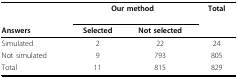
<table><thead><tr><td>[EMPTY_CELL]</td><td colspan="2"><b>Our method</b></td><td><b>Total</b></td></tr><tr><td><b>Answers</b></td><td><b>Selected</b></td><td><b>Not selected</b></td><td>[EMPTY_CELL]</td></tr></thead><tbody><tr><td>Simulated</td><td>2</td><td>22</td><td>24</td></tr><tr><td>Not simulated</td><td>9</td><td>793</td><td>805</td></tr><tr><td>Total</td><td>11</td><td>815</td><td>829</td></tr></tbody></table>